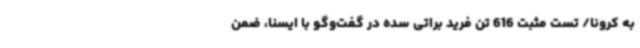
به کرونا/ تست مثبت 616 تن فرید براتی سده در گفت‌وگو با ایسنا، ضمن